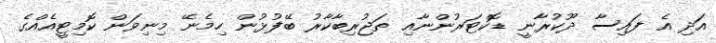
އަދި އެ ފައިސާ ދޫކުރާނީ ޑޮކްޓަރުންނާއި ތަޖުރިބާކާރު ބޭފުޅުން ހިމެނޭ މިނިވަން ކޮމިޓީއެއްގެ